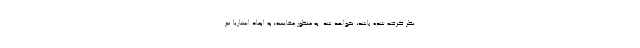
نظر گرفته شده باشد، نخواهد شد. به منظور مقایسه؛ به ابعاد استاریا نیز